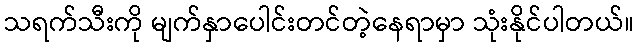
သရက်သီးကို မျက်နှာပေါင်းတင်တဲ့နေရာမှာ သုံးနိုင်ပါတယ်။